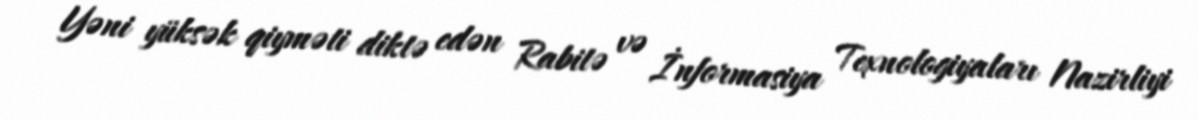
Yəni yüksək qiyməti diktə edən Rabitə və İnformasiya Texnologiyaları Nazirliyi